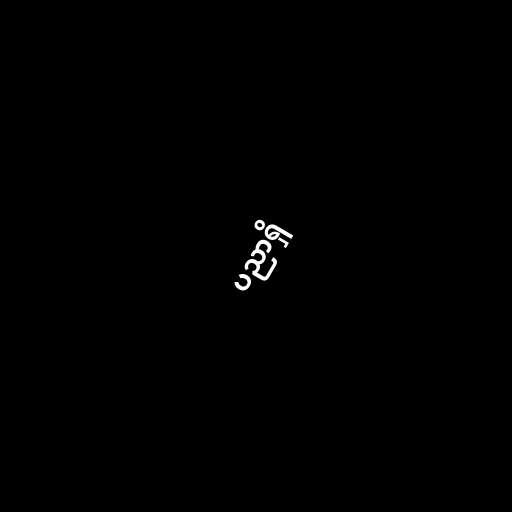
ပညာရှိ